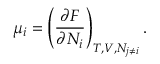
\mu _ { i } = \left( { \frac { \partial F } { \partial N _ { i } } } \right) _ { T , V , N _ { j \neq i } } .